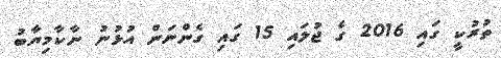
ތުރުކީ ގައި 2016 ގެ ޖުލައި 15 ގައި ގެންނަން އުޅުނު ނާކާމިޔާބު